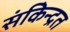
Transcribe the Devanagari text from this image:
संकेिन्द्रत